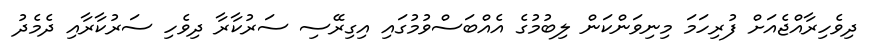
ދިވެހިރާއްޖެއަށް ފުރިހަމަ މިނިވަންކަން ލިބުމުގެ އެއްބަސްވުމުގައި އިގިރޭސި ސަރުކާރާ ދިވެހި ސަރުކާރާއި ދެމެދު